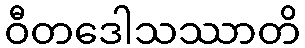
ဝီတဒေါသဿာတိ